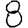
Digit: 8